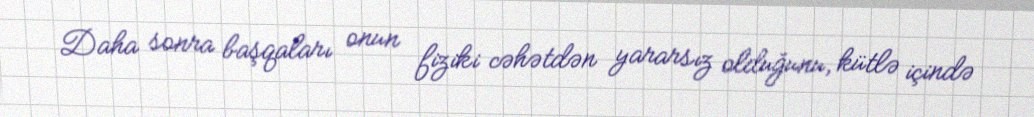
Daha sonra başqaları onun fiziki cəhətdən yararsız olduğunu, kütlə içində